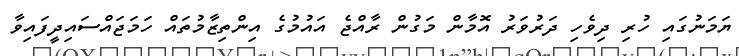
ޔަމަނުގައި ހުރި ދިވެހި ދަރުވަރު އޮމާން މަގުން ރާއްޖެ އައުމުގެ އިންތިޒާމުތައް ހަމަޖައްސައިދީފައިވާ